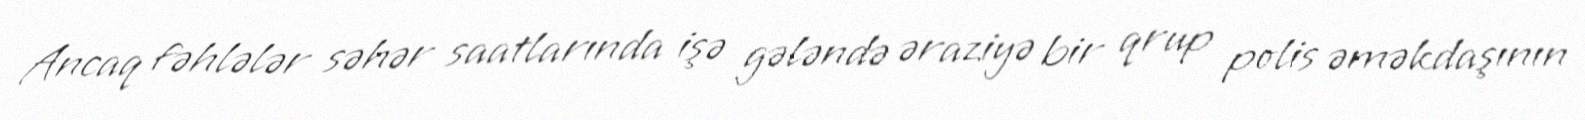
Ancaq fəhlələr səhər saatlarında işə gələndə əraziyə bir qrup polis əməkdaşının